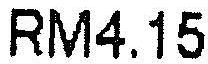
RM4.15